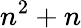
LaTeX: n^{2}+n